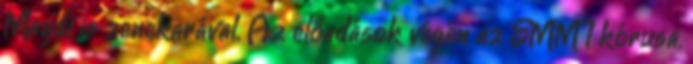
Magdi is zenekarával. Az előadások végén az EMMI kórusa,